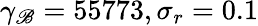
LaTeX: \gamma_{\mathscr{B}}=55773,\sigma_{r}=0.1